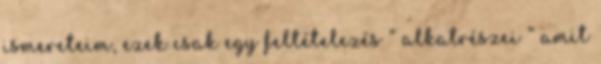
ismereteim, ezek csak egy feltételezés ” alkatrészei ” amit